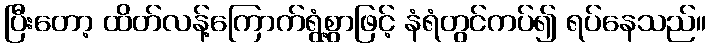
ပြီးတော့ ထိတ်လန့်ကြောက်ရွံ့စွာဖြင့် နံရံတွင်ကပ်၍ ရပ်နေသည်။